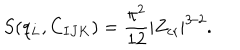
S ( q _ { L } , C _ { I J K } ) = { \frac { \pi ^ { 2 } } { 1 2 } } | Z _ { \mathrm { c r } } | ^ { 3 / 2 } .